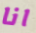
انا